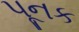
પૂનક